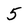
Character: 5